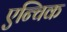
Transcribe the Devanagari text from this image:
एन्चिक